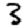
Digit: 3